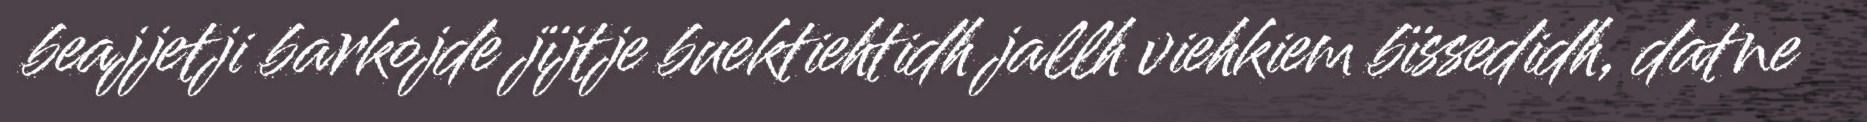
beajjetji barkojde jïjtje buektiehtidh jallh viehkiem bïssedidh, datne